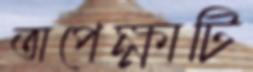
অপেক্ষাটি